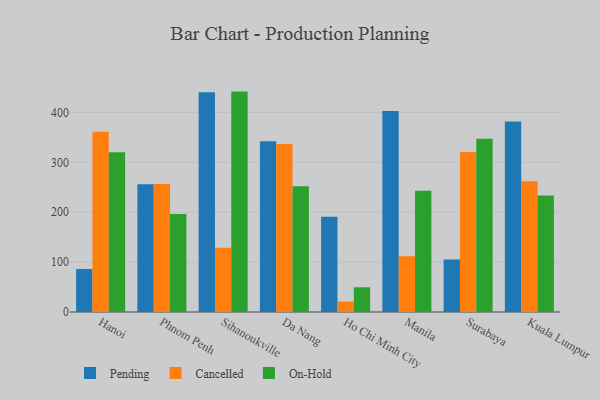
{"axis": {"x": "City", "y": "Customer Acquisition Cost (USD)"}, "legend": ["Cancelled", "On-Hold", "Pending"], "data": [{"x": "Hanoi", "y": 86.3, "type": "Pending"}, {"x": "Hanoi", "y": 361.5, "type": "Cancelled"}, {"x": "Hanoi", "y": 320.0, "type": "On-Hold"}, {"x": "Phnom Penh", "y": 256.1, "type": "Pending"}, {"x": "Phnom Penh", "y": 256.8, "type": "Cancelled"}, {"x": "Phnom Penh", "y": 196.4, "type": "On-Hold"}, {"x": "Sihanoukville", "y": 440.6, "type": "Pending"}, {"x": "Sihanoukville", "y": 128.6, "type": "Cancelled"}, {"x": "Sihanoukville", "y": 441.8, "type": "On-Hold"}, {"x": "Da Nang", "y": 342.2, "type": "Pending"}, {"x": "Da Nang", "y": 336.6, "type": "Cancelled"}, {"x": "Da Nang", "y": 252.3, "type": "On-Hold"}, {"x": "Ho Chi Minh City", "y": 190.9, "type": "Pending"}, {"x": "Ho Chi Minh City", "y": 21.0, "type": "Cancelled"}, {"x": "Ho Chi Minh City", "y": 49.5, "type": "On-Hold"}, {"x": "Manila", "y": 402.7, "type": "Pending"}, {"x": "Manila", "y": 111.9, "type": "Cancelled"}, {"x": "Manila", "y": 243.3, "type": "On-Hold"}, {"x": "Surabaya", "y": 105.2, "type": "Pending"}, {"x": "Surabaya", "y": 320.7, "type": "Cancelled"}, {"x": "Surabaya", "y": 347.1, "type": "On-Hold"}, {"x": "Kuala Lumpur", "y": 381.9, "type": "Pending"}, {"x": "Kuala Lumpur", "y": 261.9, "type": "Cancelled"}, {"x": "Kuala Lumpur", "y": 233.7, "type": "On-Hold"}]}